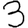
Digit: 3